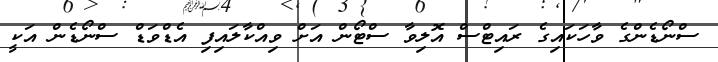
ސްނޯޑެންގެ ވާހަކައިގެ ރައިޓްސް އޮލިވާ ސްޓޯން އަށް ވިއްކާލައިފި އެޑްވަޑް ސްނޯޑެން އަކީ